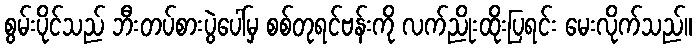
စွမ်းပိုင်သည် ဘီးတပ်စားပွဲပေါ်မှ စစ်တုရင်ဗန်းကို လက်ညိုးထိုးပြရင်း မေးလိုက်သည်။